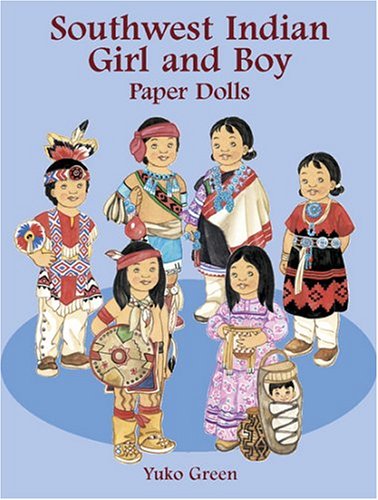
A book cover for Southwest Indian Girl and Boy Paper Dolls (Boys & Girls from Around the Globe); Yuko Green; Teen & Young Adult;